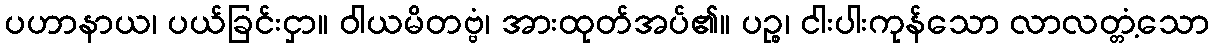
ပဟာနာယ၊ ပယ်ခြင်းငှာ။ ဝါယမိတဗ္ဗံ၊ အားထုတ်အပ်၏။ ပဉ္စ၊ ငါးပါးကုန်သော လာလတ္တံ့သော